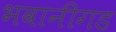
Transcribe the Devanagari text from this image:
भवानीगड